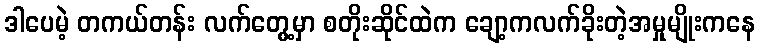
ဒါပေမဲ့ တကယ်တန်း လက်တွေ့မှာ စတိုးဆိုင်ထဲက ချော့ကလက်ခိုးတဲ့အမှုမျိုးကနေ